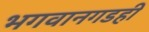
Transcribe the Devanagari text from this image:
भगवानगडही